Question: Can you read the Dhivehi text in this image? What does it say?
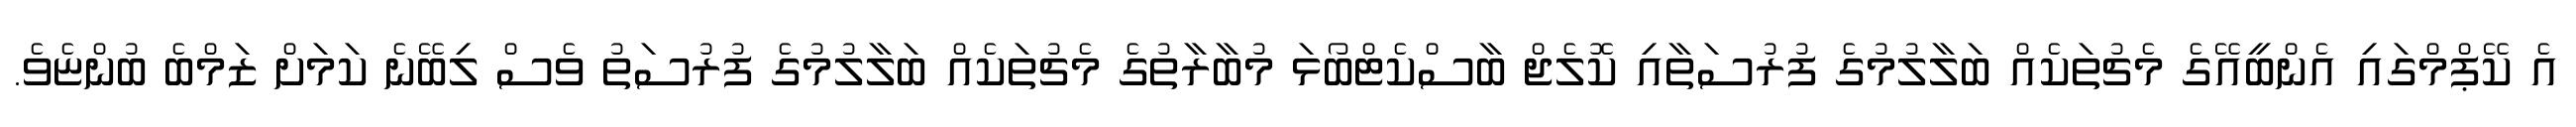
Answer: އެ ކޭޕްމްގައި އެންބީއޭގެ މެޗުތަކެއް ބަލާލުމުގެ ފުރުސަތާއި ކޮލެޖް ބާސްކެޓްބޯޅަ މުބާރާތުގެ މެޗުތަކެއް ބަލާލުމުގެ ފުރުސަތު ވެސް ލިބޭނެ ކަމަށް ޒަމްބެ ބުންޏެވެ.